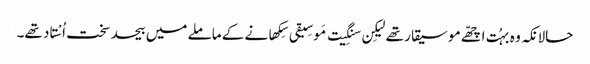
حالانکہ وہ بہُت اچھّے موسیقار تھے لیکِن سنگِیت مَوسِیقی سِکھانے کے ماملے میں بیحد سخت اُسْتاد تھے۔